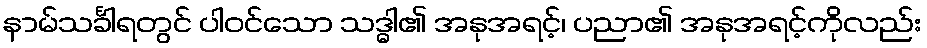
နာမ်သင်္ခါရတွင် ပါဝင်သော သဒ္ဓါ၏ အနုအရင့်၊ ပညာ၏ အနုအရင့်ကိုလည်း